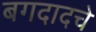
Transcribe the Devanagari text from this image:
बगदादचे